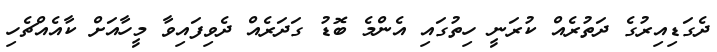
ދެގަޑިއިރުގެ ދަތުރެއް ކުރަނީ ހިތުގައި އެންމެ ބޮޑު ގަދަރެއް ދެވިފައިވާ މީހާއަށް ކާއެއްޗެހި